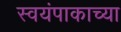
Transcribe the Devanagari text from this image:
स्वयंपाकाच्या